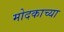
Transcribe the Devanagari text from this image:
मोदकाच्या